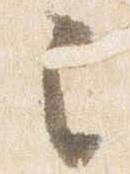
之